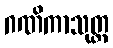
ဂဏိကာသုတ္တ